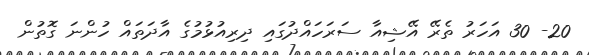
20- 30 އަހަރު ތެރޭ އޭޝިއާ ސަރަހައްދުގައި ދިރިއުޅުމުގެ އާދަތައް ހުންނަ ގޮތުން